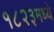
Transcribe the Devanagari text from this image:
१८२३मध्ये